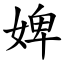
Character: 婢